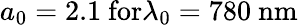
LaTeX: a_{0}=2.1\ \textrm{for}\lambda_{0}=780\ \textrm{nm}